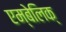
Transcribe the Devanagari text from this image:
एम्बेलिक्